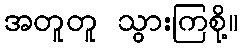
အတူတူ သွားကြစို့။